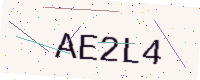
Text: AE2L4